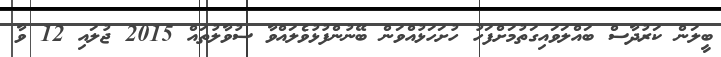
ބީލަން ކަރުދާސް ބައްލަވައިގަތުމަށްފަހު ހުށަހަޅުއްވަން ބޭނުންފުޅުވެލައްވާ ސުވާލުތައް 2015 ޖުލައި 12 ވާ